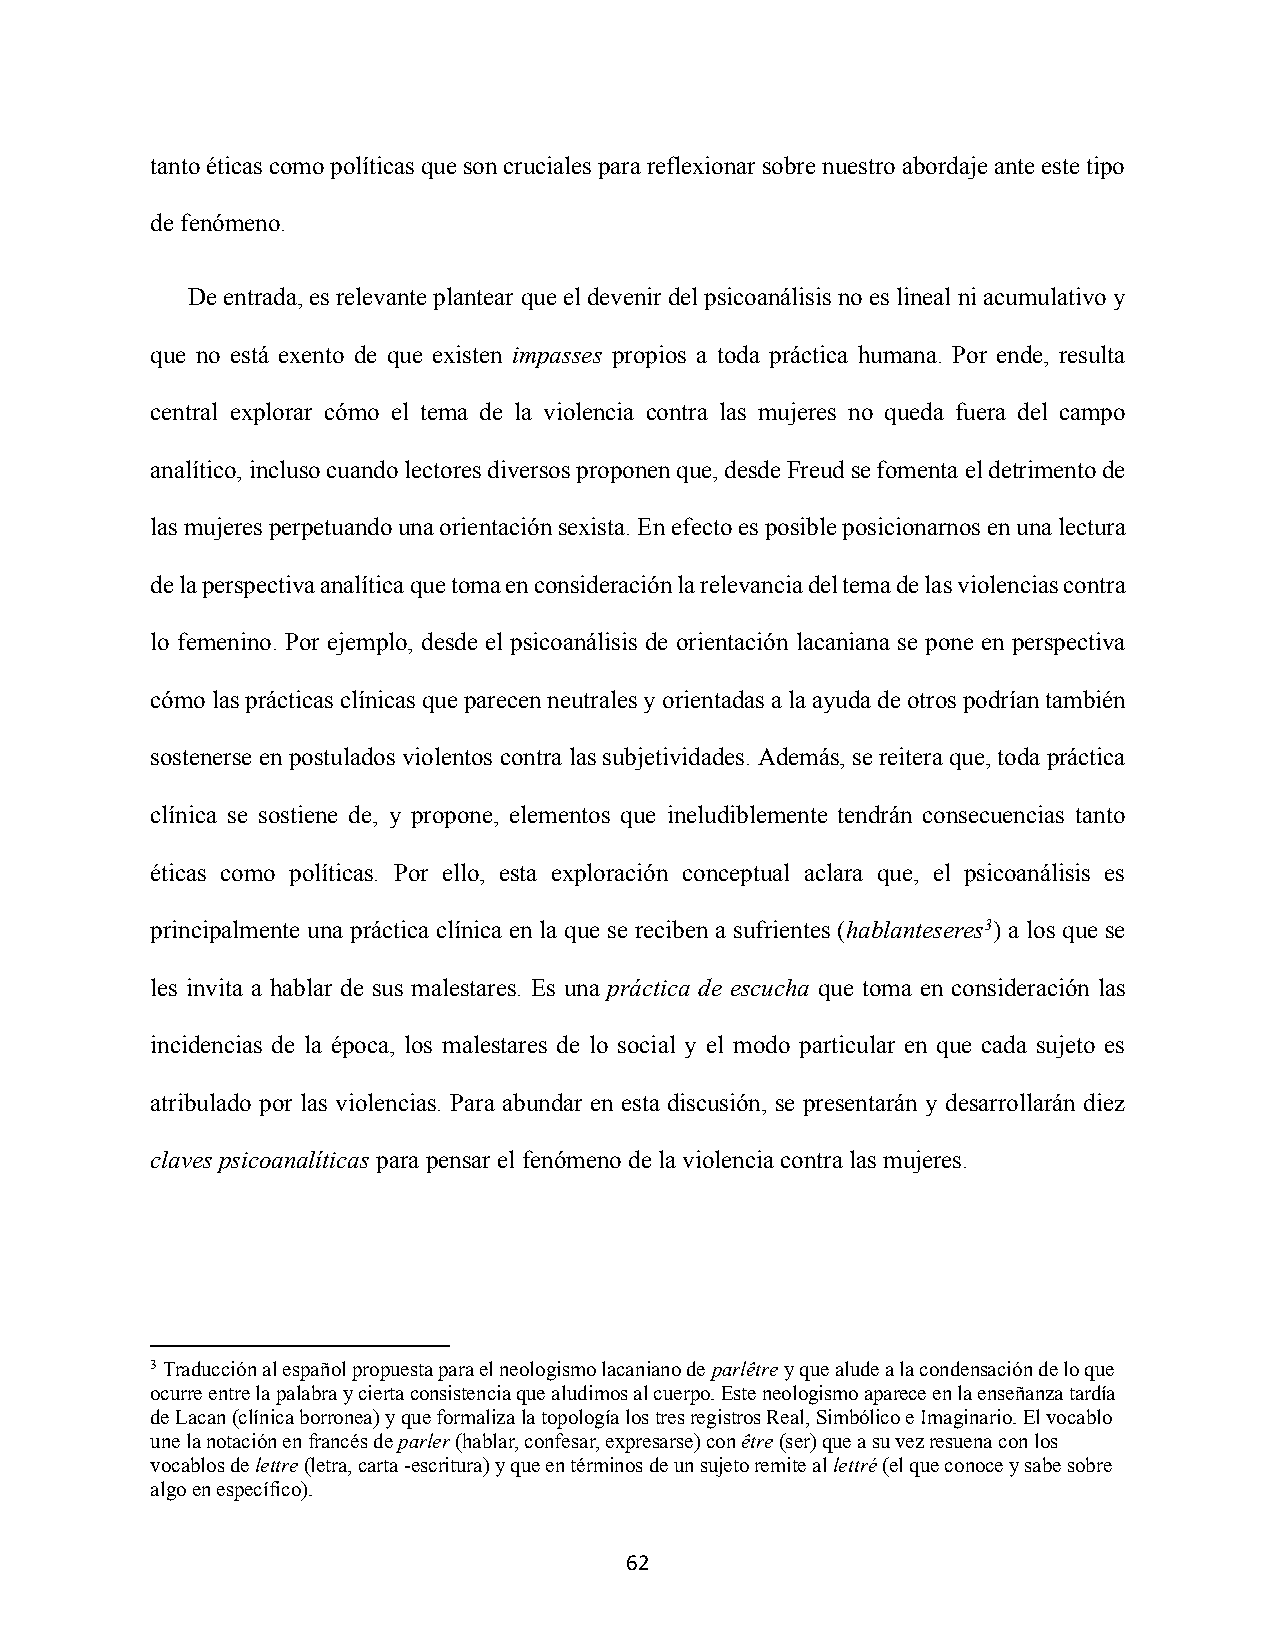
tanto éticas como políticas que son cruciales para reflexionar sobre nuestro abordaje ante este tipo
 de fenómeno.
 De entrada, es relevante plantear que el devenir del psicoanálisis no es lineal ni acumulativo y
 que no está exento de que existen impasses propios a toda práctica humana. Por ende, resulta
 central explorar cómo el tema de la violencia contra las mujeres no queda fuera del campo
 analítico, incluso cuando lectores diversos proponen que, desde Freud se fomenta el detrimento de
 las mujeres perpetuando una orientación sexista. En efecto es posible posicionarnos en una lectura
 de la perspectiva analítica que toma en consideración la relevancia del tema de las violencias contra
 lo femenino. Por ejemplo, desde el psicoanálisis de orientación lacaniana se pone en perspectiva
 cómo las prácticas clínicas que parecen neutrales y orientadas a la ayuda de otros podrían también
 sostenerse en postulados violentos contra las subjetividades. Además, se reitera que, toda práctica
 clínica se sostiene de, y propone, elementos que ineludiblemente tendrán consecuencias tanto
 éticas como políticas. Por ello, esta exploración conceptual aclara que, el psicoanálisis es
 principalmente una práctica clínica en la que se reciben a sufrientes (hablanteseres3) a los que se
 les invita a hablar de sus malestares. Es una práctica de escucha que toma en consideración las
 incidencias de la época, los malestares de lo social y el modo particular en que cada sujeto es
 atribulado por las violencias. Para abundar en esta discusión, se presentarán y desarrollarán diez
 claves psicoanalíticas para pensar el fenómeno de la violencia contra las mujeres.
 3 Traducción al español propuesta para el neologismo lacaniano de parlêtre y que alude a la condensación de lo que
 ocurre entre la palabra y cierta consistencia que aludimos al cuerpo. Este neologismo aparece en la enseñanza tardía
 de Lacan (clínica borronea) y que formaliza la topología los tres registros Real, Simbólico e Imaginario. El vocablo
 une la notación en francés de parler (hablar, confesar, expresarse) con être (ser) que a su vez resuena con los
 vocablos de lettre (letra, carta -escritura) y que en términos de un sujeto remite al lettré (el que conoce y sabe sobre
 algo en específico).
 62